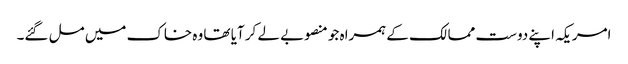
امریکہ اپنے دوست ممالک کے ہمراہ جو منصوبے لے کر آیا تھا وہ خاک میں مل گئے۔